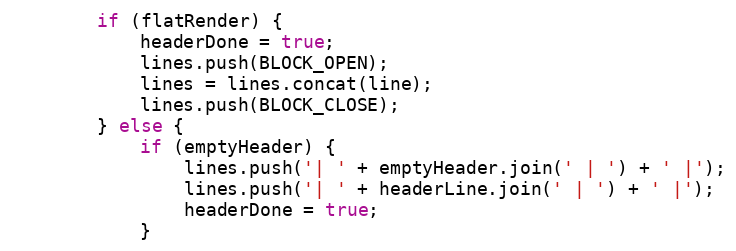
Language: JavaScript
		if (flatRender) {
			headerDone = true;
			lines.push(BLOCK_OPEN);
			lines = lines.concat(line);
			lines.push(BLOCK_CLOSE);
		} else {
			if (emptyHeader) {
				lines.push('| ' + emptyHeader.join(' | ') + ' |');
				lines.push('| ' + headerLine.join(' | ') + ' |');
				headerDone = true;
			}